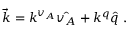
\vec { k } = k ^ { v _ { A } } \hat { v _ { A } } + k ^ { q } \hat { q } \; .